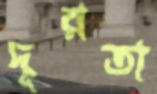
দূরতা